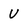
Character: U